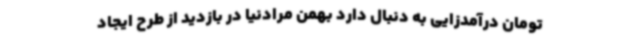
تومان درآمدزایی به دنبال دارد بهمن مرادنیا در بازدید از طرح ایجاد